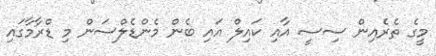
މީގެ ތެރެއިން ސިސީ އާއި ކައިލް އައި ބެން މެންޑެލްސަން މި ޑްރާމާގައި